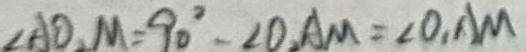
\angle A D _ { 2 } M = 9 0 ^ { \circ } - \angle O _ { 2 } A M = \angle O , A M